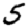
Digit: 5